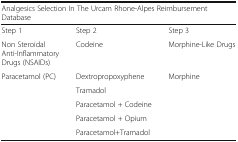
<table><thead><tr><td colspan="3"><b>Analgesics Selection In The Urcam Rhone-Alpes Reimbursement Database</b></td></tr></thead><tbody><tr><td>Step 1</td><td>Step 2</td><td>Step 3</td></tr><tr><td>Non Steroidal Anti-Inflammatory Drugs (NSAIDs)</td><td>Codeine</td><td>Morphine-Like Drugs</td></tr><tr><td>Paracetamol (PC)</td><td>Dextropropoxyphene</td><td>Morphine</td></tr><tr><td></td><td>Tramadol</td><td></td></tr><tr><td></td><td>Paracetamol + Codeine</td><td></td></tr><tr><td></td><td>Paracetamol + Opium</td><td></td></tr><tr><td></td><td>Paracetamol+Tramadol</td><td></td></tr></tbody></table>